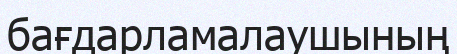
бағдарламалаушының